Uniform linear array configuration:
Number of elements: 24
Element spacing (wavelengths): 0.75
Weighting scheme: exponential
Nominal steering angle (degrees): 45
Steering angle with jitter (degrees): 46.118
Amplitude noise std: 0.05
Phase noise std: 0.05

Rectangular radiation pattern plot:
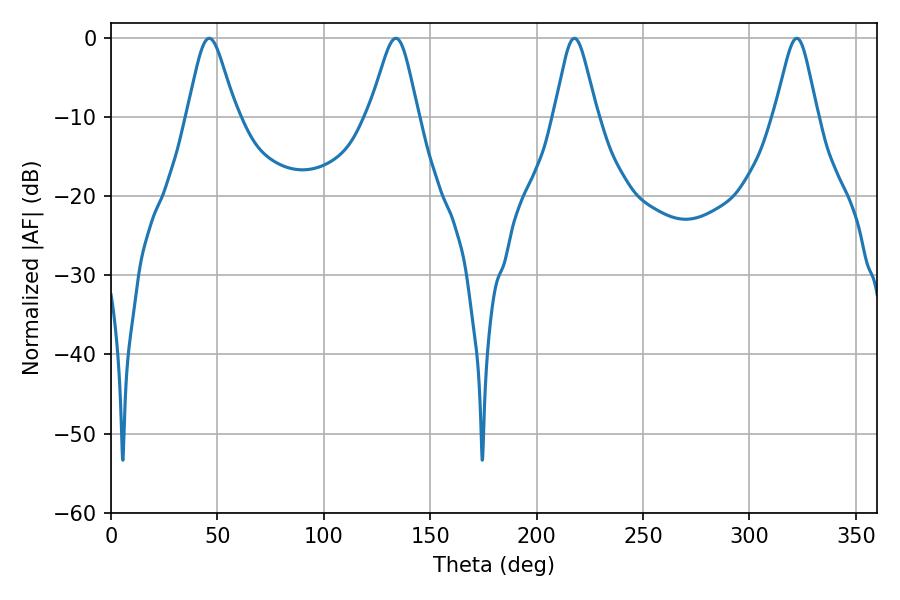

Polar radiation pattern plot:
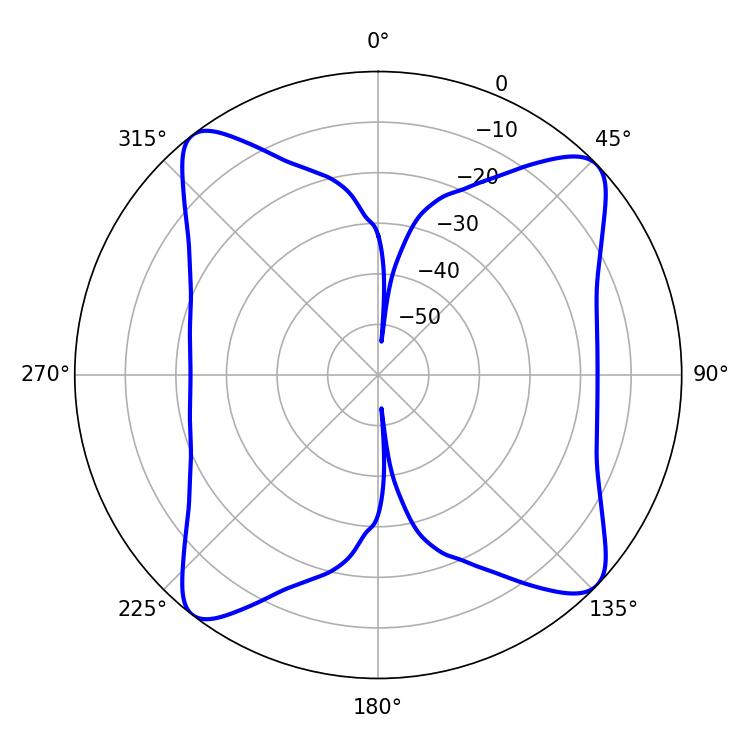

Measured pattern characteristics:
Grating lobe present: TRUE
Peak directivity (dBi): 12.904
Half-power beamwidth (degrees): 9.54
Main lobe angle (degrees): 217.8